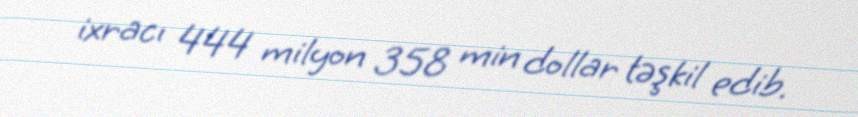
ixracı 444 milyon 358 min dollar təşkil edib.